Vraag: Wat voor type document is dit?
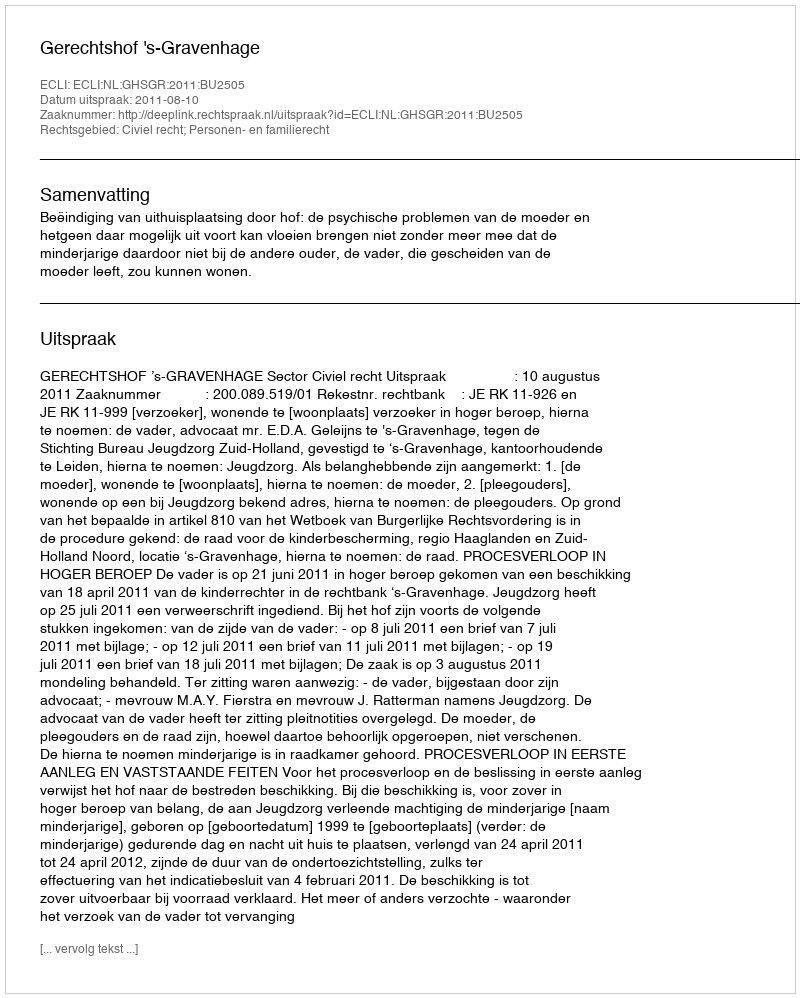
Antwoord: Uitspraak